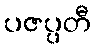
ပဇပ္ပတီ